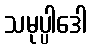
သမုပ္ပါဒေါ